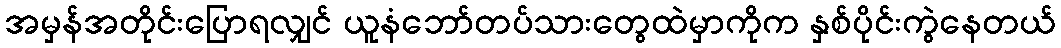
အမှန်အတိုင်းပြောရလျှင် ယူနံဘော်တပ်သားတွေထဲမှာကိုက နှစ်ပိုင်းကွဲနေတယ်